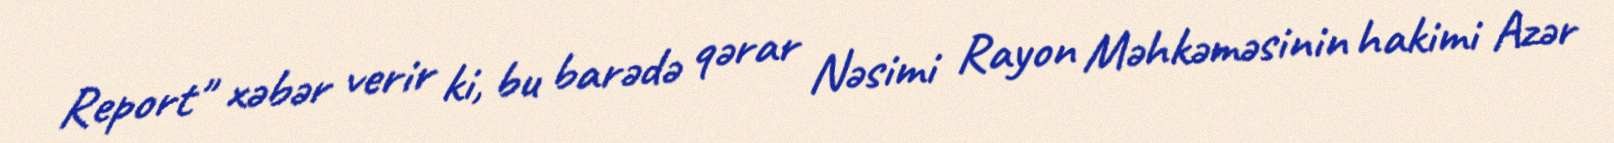
Report" xəbər verir ki, bu barədə qərar Nəsimi Rayon Məhkəməsinin hakimi Azər